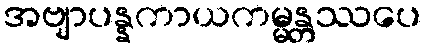
အဗျာပန္နကာယကမ္မန္တဿပေ